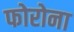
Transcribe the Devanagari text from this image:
फोरोना